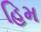
હિમ